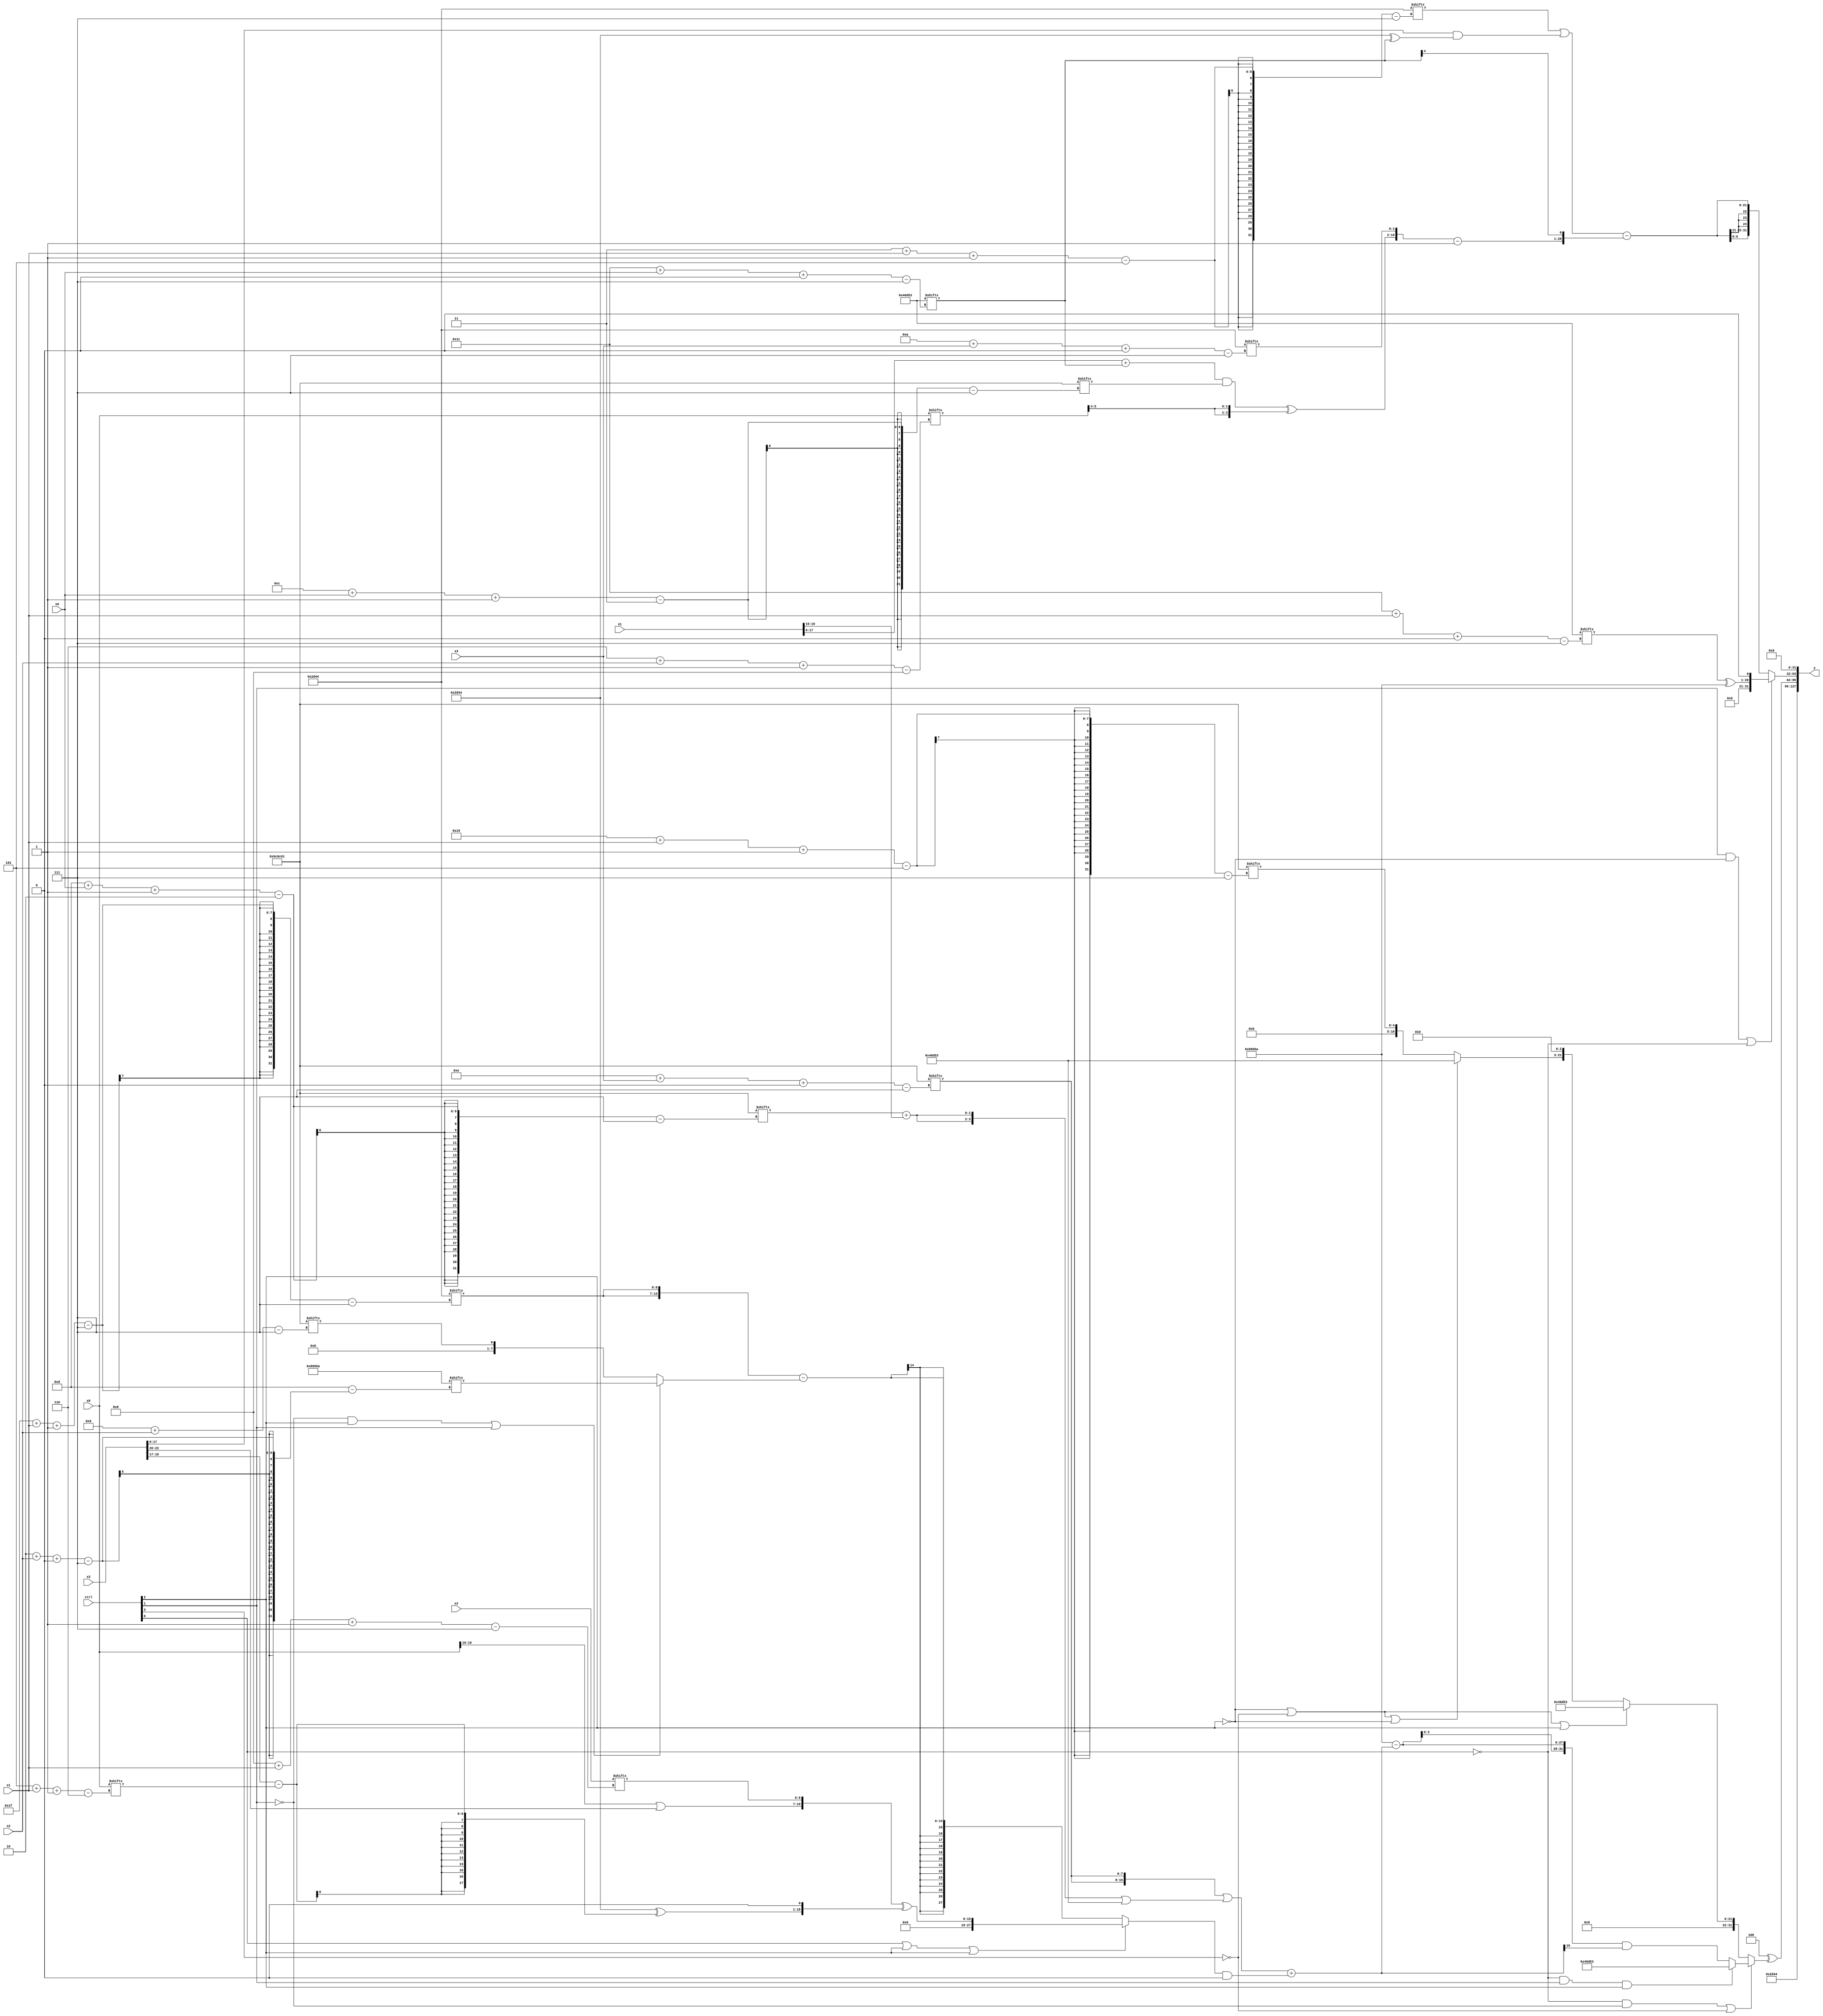
module partsel_00392(ctrl, s0, s1, s2, s3, x0, x1, x2, x3, y);
  input [3:0] ctrl;
  input [2:0] s0;
  input [2:0] s1;
  input [2:0] s2;
  input [2:0] s3;
  input [31:0] x0;
  input signed [31:0] x1;
  input signed [31:0] x2;
  input [31:0] x3;
  wire [31:7] x4;
  wire [29:2] x5;
  wire [27:4] x6;
  wire [27:2] x7;
  wire [24:7] x8;
  wire [24:2] x9;
  wire [27:2] x10;
  wire signed [30:6] x11;
  wire signed [25:5] x12;
  wire [0:28] x13;
  wire signed [24:6] x14;
  wire [24:5] x15;
  output [127:0] y;
  wire signed [31:0] y0;
  wire [31:0] y1;
  wire signed [31:0] y2;
  wire [31:0] y3;
  assign y = {y0,y1,y2,y3};
  localparam [30:7] p0 = 614231137;
  localparam [7:27] p1 = 359174234;
  localparam signed [27:7] p2 = 310668627;
  localparam signed [24:7] p3 = 718024004;
  assign x4 = x0[6 + s2 -: 8];
  assign x5 = (({2{p0[14 + s3 +: 8]}} | ({2{(p0[13 + s0 -: 2] + x1[15 +: 2])}} | p2)) + ((ctrl[0] || ctrl[2] || ctrl[2] ? ({(x0[16 +: 4] | x3[22 -: 3]), x2[8 + s1 -: 7]} ^ {(p3 ^ (x3[18 -: 2] - x0[5 + s1 -: 6])), p2[10]}) : ({2{p3[31 + s1 -: 7]}} - (!ctrl[1] && ctrl[2] || ctrl[1] ? p1[2 + s2 +: 8] : p0[9 + s2]))) & p2[16]));
  assign x6 = {(!ctrl[2] || !ctrl[3] || !ctrl[2] ? p2 : p0[25 + s1 -: 5]), p1[22 -: 3]};
  assign x7 = ((ctrl[0] && ctrl[2] && !ctrl[3] ? (x1[6 + s3] - p3[20 -: 3]) : ({2{{p2, p2[12]}}} - p2[15 +: 2])) & ({{((((x6[8 +: 4] + p2[23]) ^ (x4[16 + s3] | x3[12 -: 3])) | p1) + p3[17]), {2{x1[20 -: 4]}}}, (ctrl[0] && ctrl[2] && !ctrl[1] ? {(p1 | x4[20]), p0[20 -: 3]} : (!ctrl[2] || ctrl[2] || !ctrl[1] ? p1[13 -: 1] : p1))} ^ (x3[23] - x0)));
  assign x8 = x3;
  assign x9 = p3;
  assign x10 = x4;
  assign x11 = p2[28 + s0 +: 8];
  assign x12 = {({(((x1 + x11) & p0[12 + s0 -: 3]) ^ {2{x4[11 +: 2]}}), p3[10 + s3 +: 2]} - (p0 & p2[23 -: 3])), x11[10 +: 1]};
  assign x13 = {((p2[21] + ({x8[11 + s0], (p3 - p1[14 + s3])} - x12[6 + s1 +: 1])) - {2{{p1[13 +: 1], p2[22 -: 1]}}}), p0[6 + s3 -: 1]};
  assign x14 = {(!ctrl[2] || !ctrl[1] || !ctrl[1] ? p3[9 + s0 +: 3] : ((x11[10 + s0 -: 7] - (x2[19 + s0] & x11[12 +: 4])) ^ (x1[21 + s3 +: 5] | x11[14 + s1 +: 6]))), {2{(x9[12] ^ (x13[18] & p0[19 +: 2]))}}};
  assign x15 = (x7[8 + s1] - ({2{{2{(p0[9 +: 3] & x12[6 + s1])}}}} ^ (!ctrl[1] && ctrl[2] && !ctrl[0] ? p2[9 +: 4] : x3[17 + s3 +: 3])));
  assign y0 = p3;
  assign y1 = (p2[9 +: 4] ^ (!ctrl[0] && !ctrl[1] || !ctrl[3] ? (!ctrl[0] && ctrl[1] && ctrl[2] ? p2 : ({2{(p1 - x5)}} & x5[21])) : (!ctrl[3] || !ctrl[2] || ctrl[2] ? p2 : x6)));
  assign y2 = {x1[15 + s0 +: 2], (ctrl[1] && !ctrl[2] || !ctrl[0] ? {({x4[17 +: 1], p2[28 + s1 +: 3]} ^ p1), x9[19]} : {2{((p3[3 + s1 -: 5] | (x8 & (p3 ^ x11))) - x12)}})};
  assign y3 = (p2[16 +: 1] | p1[18]);
endmodule